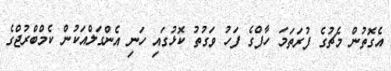
އެގޮތުން މެޗުގެ ފުރަތަމަ ހާފްގެ ފަހު ވަގުތު ކޮޅުގައި ހަނި އެންގަލްއަކުން ކެމްބްރުޖްގެ